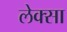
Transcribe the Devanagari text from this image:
लेक्सा